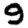
Digit: 9